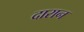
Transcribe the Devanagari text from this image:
दारान